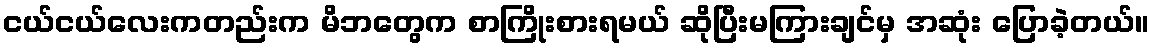
ငယ်ငယ်လေးကတည်းက မိဘတွေက စာကြိုးစားရမယ် ဆိုပြီးမကြားချင်မှ အဆုံး ပြောခဲ့တယ်။